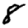
Digit: 8